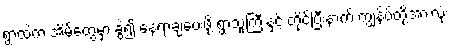
ရွာထဲက အိမ်တွေမှာ ခွဲ၍ နေရာချပေးဖို့ ရွာသူကြီးနှင့် တိုင်ပြီးနာက် ကျွန်ပ်တို့အားလုံး